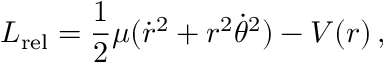
L _ { \mathrm { r e l } } = { \frac { 1 } { 2 } } \mu ( { \dot { r } } ^ { 2 } + r ^ { 2 } { \dot { \theta } } ^ { 2 } ) - V ( r ) \, ,